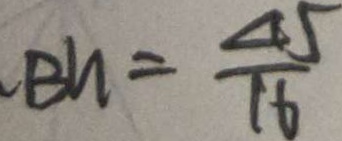
B n = \frac { 4 5 } { 1 6 }